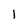
Character: 1